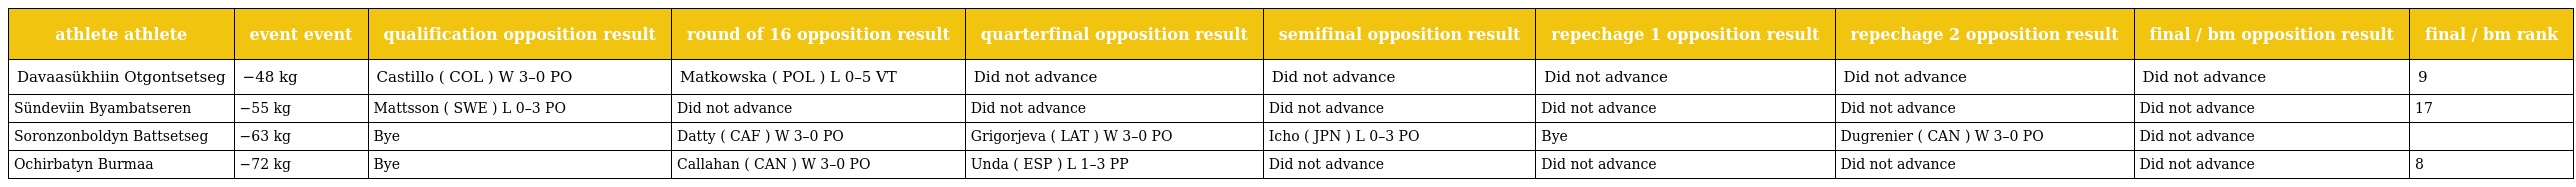
| athlete athlete | event event | qualification opposition result | round of 16 opposition result | quarterfinal opposition result | semifinal opposition result | repechage 1 opposition result | repechage 2 opposition result | final / bm opposition result | final / bm rank |
 | --- | --- | --- | --- | --- | --- | --- | --- | --- | --- |
 | Davaasükhiin Otgontsetseg | −48 kg | Castillo ( COL ) W 3–0 PO | Matkowska ( POL ) L 0–5 VT | Did not advance | Did not advance | Did not advance | Did not advance | Did not advance | 9 |
 | Sündeviin Byambatseren | −55 kg | Mattsson ( SWE ) L 0–3 PO | Did not advance | Did not advance | Did not advance | Did not advance | Did not advance | Did not advance | 17 |
 | Soronzonboldyn Battsetseg | −63 kg | Bye | Datty ( CAF ) W 3–0 PO | Grigorjeva ( LAT ) W 3–0 PO | Icho ( JPN ) L 0–3 PO | Bye | Dugrenier ( CAN ) W 3–0 PO | Did not advance |  |
 | Ochirbatyn Burmaa | −72 kg | Bye | Callahan ( CAN ) W 3–0 PO | Unda ( ESP ) L 1–3 PP | Did not advance | Did not advance | Did not advance | Did not advance | 8 |